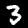
Label: 3